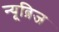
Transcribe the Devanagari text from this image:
न्यूब्रिज